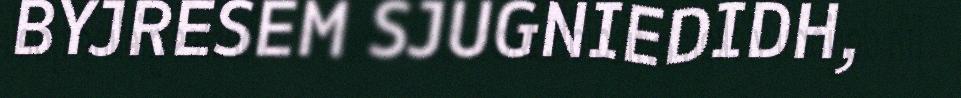
BYJRESEM SJUGNIEDIDH,